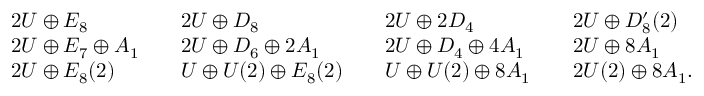
\begin{array} { r l r l r l r l r } & { 2 U \oplus E _ { 8 } } & & { 2 U \oplus D _ { 8 } } & & { 2 U \oplus 2 D _ { 4 } } & & { 2 U \oplus D _ { 8 } ^ { \prime } ( 2 ) } & \\ & { 2 U \oplus E _ { 7 } \oplus A _ { 1 } } & & { 2 U \oplus D _ { 6 } \oplus 2 A _ { 1 } } & & { 2 U \oplus D _ { 4 } \oplus 4 A _ { 1 } } & & { 2 U \oplus 8 A _ { 1 } } & \\ & { 2 U \oplus E _ { 8 } ( 2 ) } & & { U \oplus U ( 2 ) \oplus E _ { 8 } ( 2 ) } & & { U \oplus U ( 2 ) \oplus 8 A _ { 1 } } & & { 2 U ( 2 ) \oplus 8 A _ { 1 } . } & \end{array}